Vaccination in Bombay 1856-1862 - 1856-1862
Year: 1856
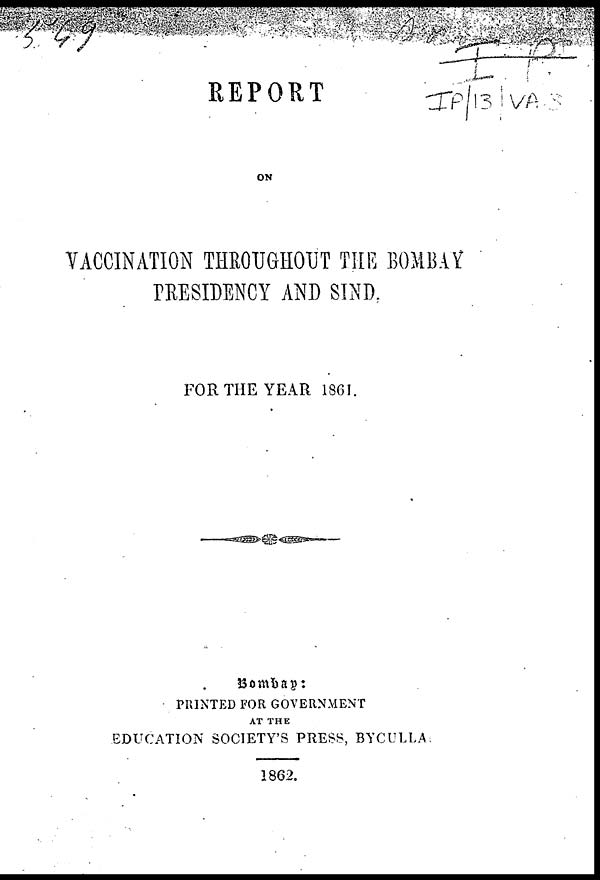
REPORT
ON
VACCINATION THROUGHOUT THE BOMBAY
PRESIDENCY AND SIND.
FOR THE YEAR 1861.
Bombay:
PRINTED FOR GOVERNMENT
AT THE
EDUCATION SOCIETY'S PRESS, BYCULLA.
1862.